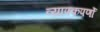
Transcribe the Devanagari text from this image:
व्यापकपर्णो